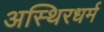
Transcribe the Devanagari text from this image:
अस्थिरधर्म